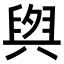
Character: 𮍫